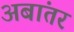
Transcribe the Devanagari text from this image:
अबांतर